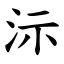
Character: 沶